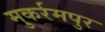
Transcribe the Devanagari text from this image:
मुकर्रमपुर